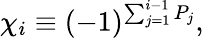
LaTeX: \chi_{i}\equiv(-1)^{\sum_{j=1}^{i-1}P_{j}},